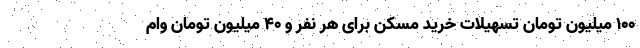
۱۰۰ میلیون تومان تسهیلات خرید مسکن برای هر نفر و ۴۰ میلیون تومان وام